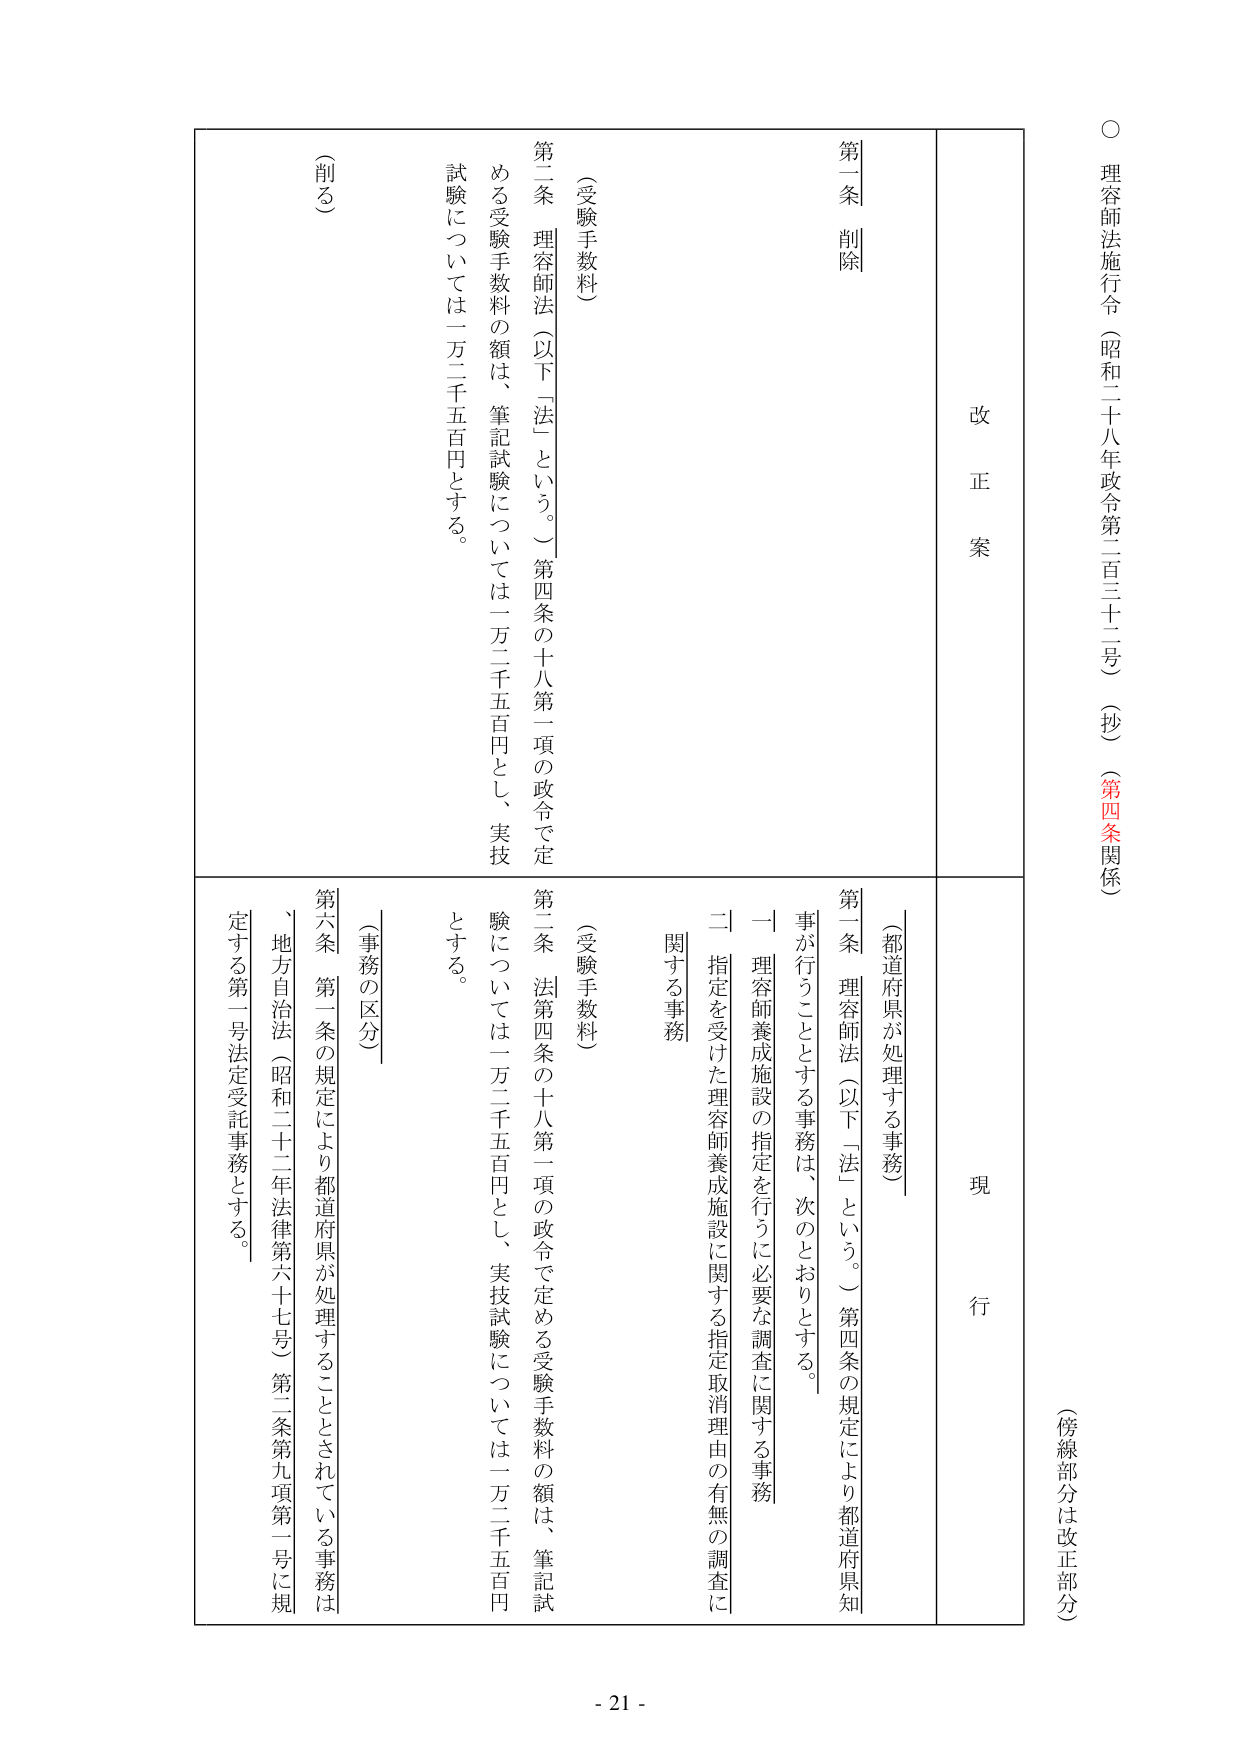
○ 理容師法施行令（昭和二十八年政令第二百三十二号）（抄）（第四条関係）

（傍線部分は改正部分）

改正案

第一条 削除

（受験手数料）

第二条 理容師法（以下「法」という。）第四条の十八第一項の政令で定める受験手数料の額は、筆記試験については一万二千五百円とし、実技試験については一万二千五百円とする。

（削る）

現行

〔都道府県が処理する事務〕

第一条 理容師法（以下「法」という。）第四条の規定により都道府県知事が行うこととする事務は、次のとおりとする。

一 理容師養成施設の指定を行うに必要な調査に関する事務

二 指定を受けた理容師養成施設に関する指定取消理由の有無の調査に関する事務

（受験手数料）

第二条 法第四条の十八第一項の政令で定める受験手数料の額は、筆記試験については一万二千五百円とし、実技試験については一万二千五百円とする。

〔事務の区分〕

第六条 第一条の規定により都道府県が処理することとされている事務は、地方自治法（昭和二十二年法律第六十七号）第二条第九項第一号に規定する第一号法定受託事務とする。

- 21 -